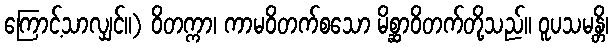
ကြောင့်သာလျှင်။) ဝိတက္ကာ၊ ကာမဝိတက်စသော မိစ္ဆာဝိတက်တို့သည်။ ဝူပသမန္တိ၊